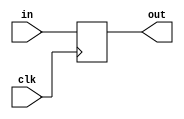
/////////////////////////////////////////////////
//CU Incrementer Register and Past State Register
/////////////////////////////////////////////////
module seven_bit_register(output reg [6:0] out, input [6:0] in ,input clk);
always @(posedge clk) out <= in;
endmodule